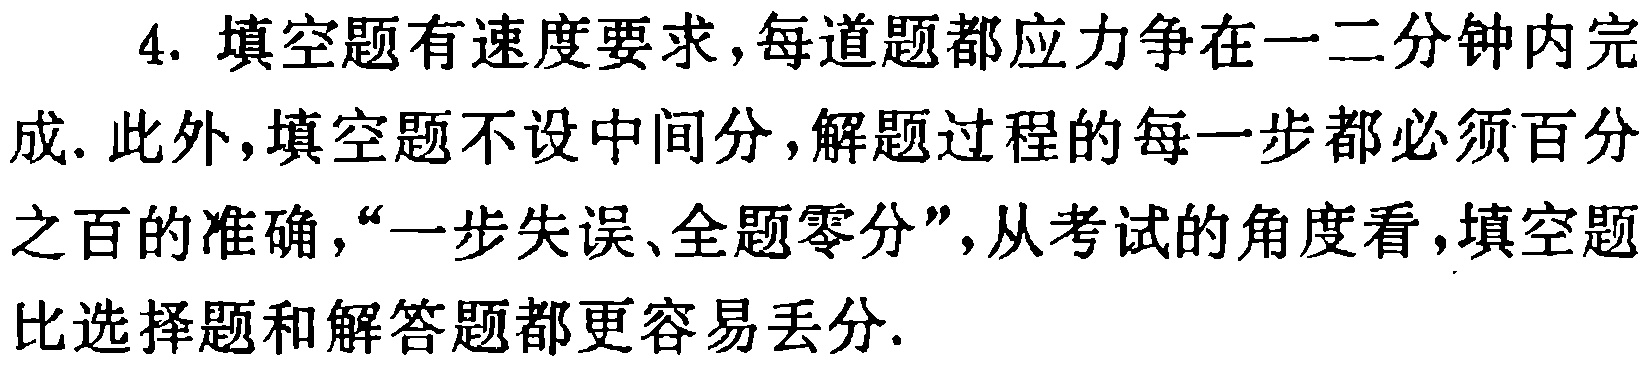
4. 填空题有速度要求,每道题都应力争在一二分钟内完成. 此外,填空题不设中间分,解题过程的每一步都必须百分之百的准确,“一步失误、全题零分”,从考试的角度看,填空题比选择题和解答题都更容易丢分.